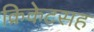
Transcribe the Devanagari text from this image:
क्रिकेटसह